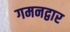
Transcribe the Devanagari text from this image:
गमनद्वार